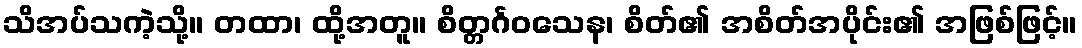
သိအပ်သကဲ့သို့။ တထာ၊ ထို့အတူ။ စိတ္တင်္ဂဝသေန၊ စိတ်၏ အစိတ်အပိုင်း၏ အဖြစ်ဖြင့်။